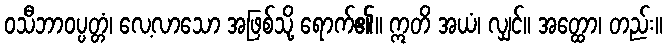
ဝသီဘာဝပ္ပတ္တံ၊ လေ့လာသော အဖြစ်သို့ ရောက်၏။ ဣတိ အယံ၊ လျှင်။ အတ္ထော၊ တည်း။